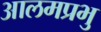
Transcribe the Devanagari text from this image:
आलमप्रभु